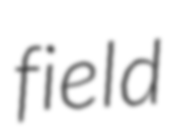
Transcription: field